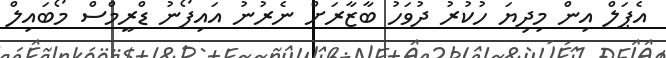
އެޕަލް އިން މިދިޔަ ހުކުރު ދުވަހު ބާޒާރަށް ނެރުނު އައިފޯނު ޑްރީމްސް މޯބައިލް